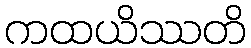
ကထယိဿတိ